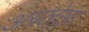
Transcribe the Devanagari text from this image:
अग्रलेखा